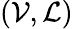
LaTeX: (\mathcal{V},\mathcal{L})